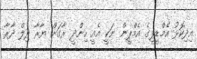
އިދިކޮޅު އެމްޑީޕީގެ އެމްޕީން ނަކީ އެއީ ހިންދީ ރާގަށް ޔާރާ ދިލް ދާރާ